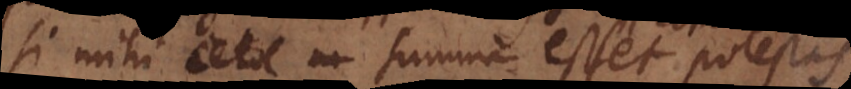
si mihi summa esset concessa